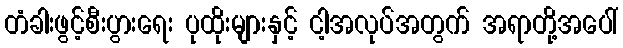
တံခါးဖွင့်စီးပွားရေး ပုထိုးများနှင့် ငါ့အလုပ်အတွက် အရာတို့အပေါ်